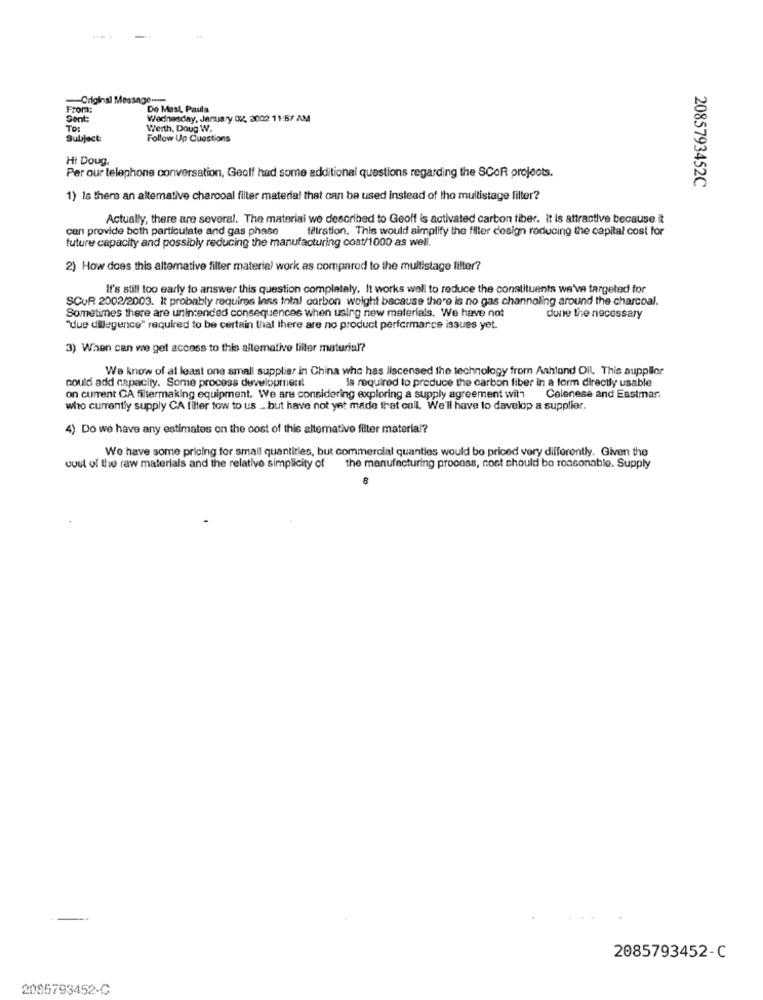
Originsl
Prom;
De Mest, Paula
Sent:
Wednesday, January OK, 3002 11:57 AM
TO:
Werth, Doug W.
Subject
Follow Up Questions
Hi Doug.
Per our telephone conversation, Geoff had some additional questions regarding the SCOR projects.
2085793452C
1) Is there an altemative charcoal filter material that can be used instead of tho multistage filter?
Actually, there are several. The material we described to Geoff is activated carbon fiber. it is attractive because it
can provide both particulate and gas phase
filtration. This would simplify the filter design reducing the capital cost for
tuture capacity and possibly reducing the manufacturing cost/1000 as well.
2) How does this alternative filter material work as compared to the multistage filter?
It's still too early to answer this question completely. It works well to reduce the constituents we've targeted for
SCUR 2002/2003. It probably requires less total carbon weight because there is no gas channeling around the charcoal.
Sometimes there are unintended consequences when using new materials. We have not
done the necessary
"due dilegence" required to be certain that there are no product performance issues yet.
3) When can we get access to this alternative lilter material?
We know of at least one small supplier in China who has liscensed the technology from Ashland Oll. This supplier
Is required to preduce the carbon fiber in a form directly usable
could add capacity. Some process development
on current CA filtermaking equipment. We are considering exploring a supply agreement with Celenese and Eastmar.
who currently supply CA filter tow to us ... but have not yet made that call. We'll have to davelop a supplier.
4) Do we have any estimates on the cost of this alternative filter material?
We have some pricing for small quantities, but commercial quanties would be priced very differently. Given the
cost of the raw materials and the relative simplicity of the manufacturing process, cost should bo reasonable. Supply
2085793452-C
2085793452-C